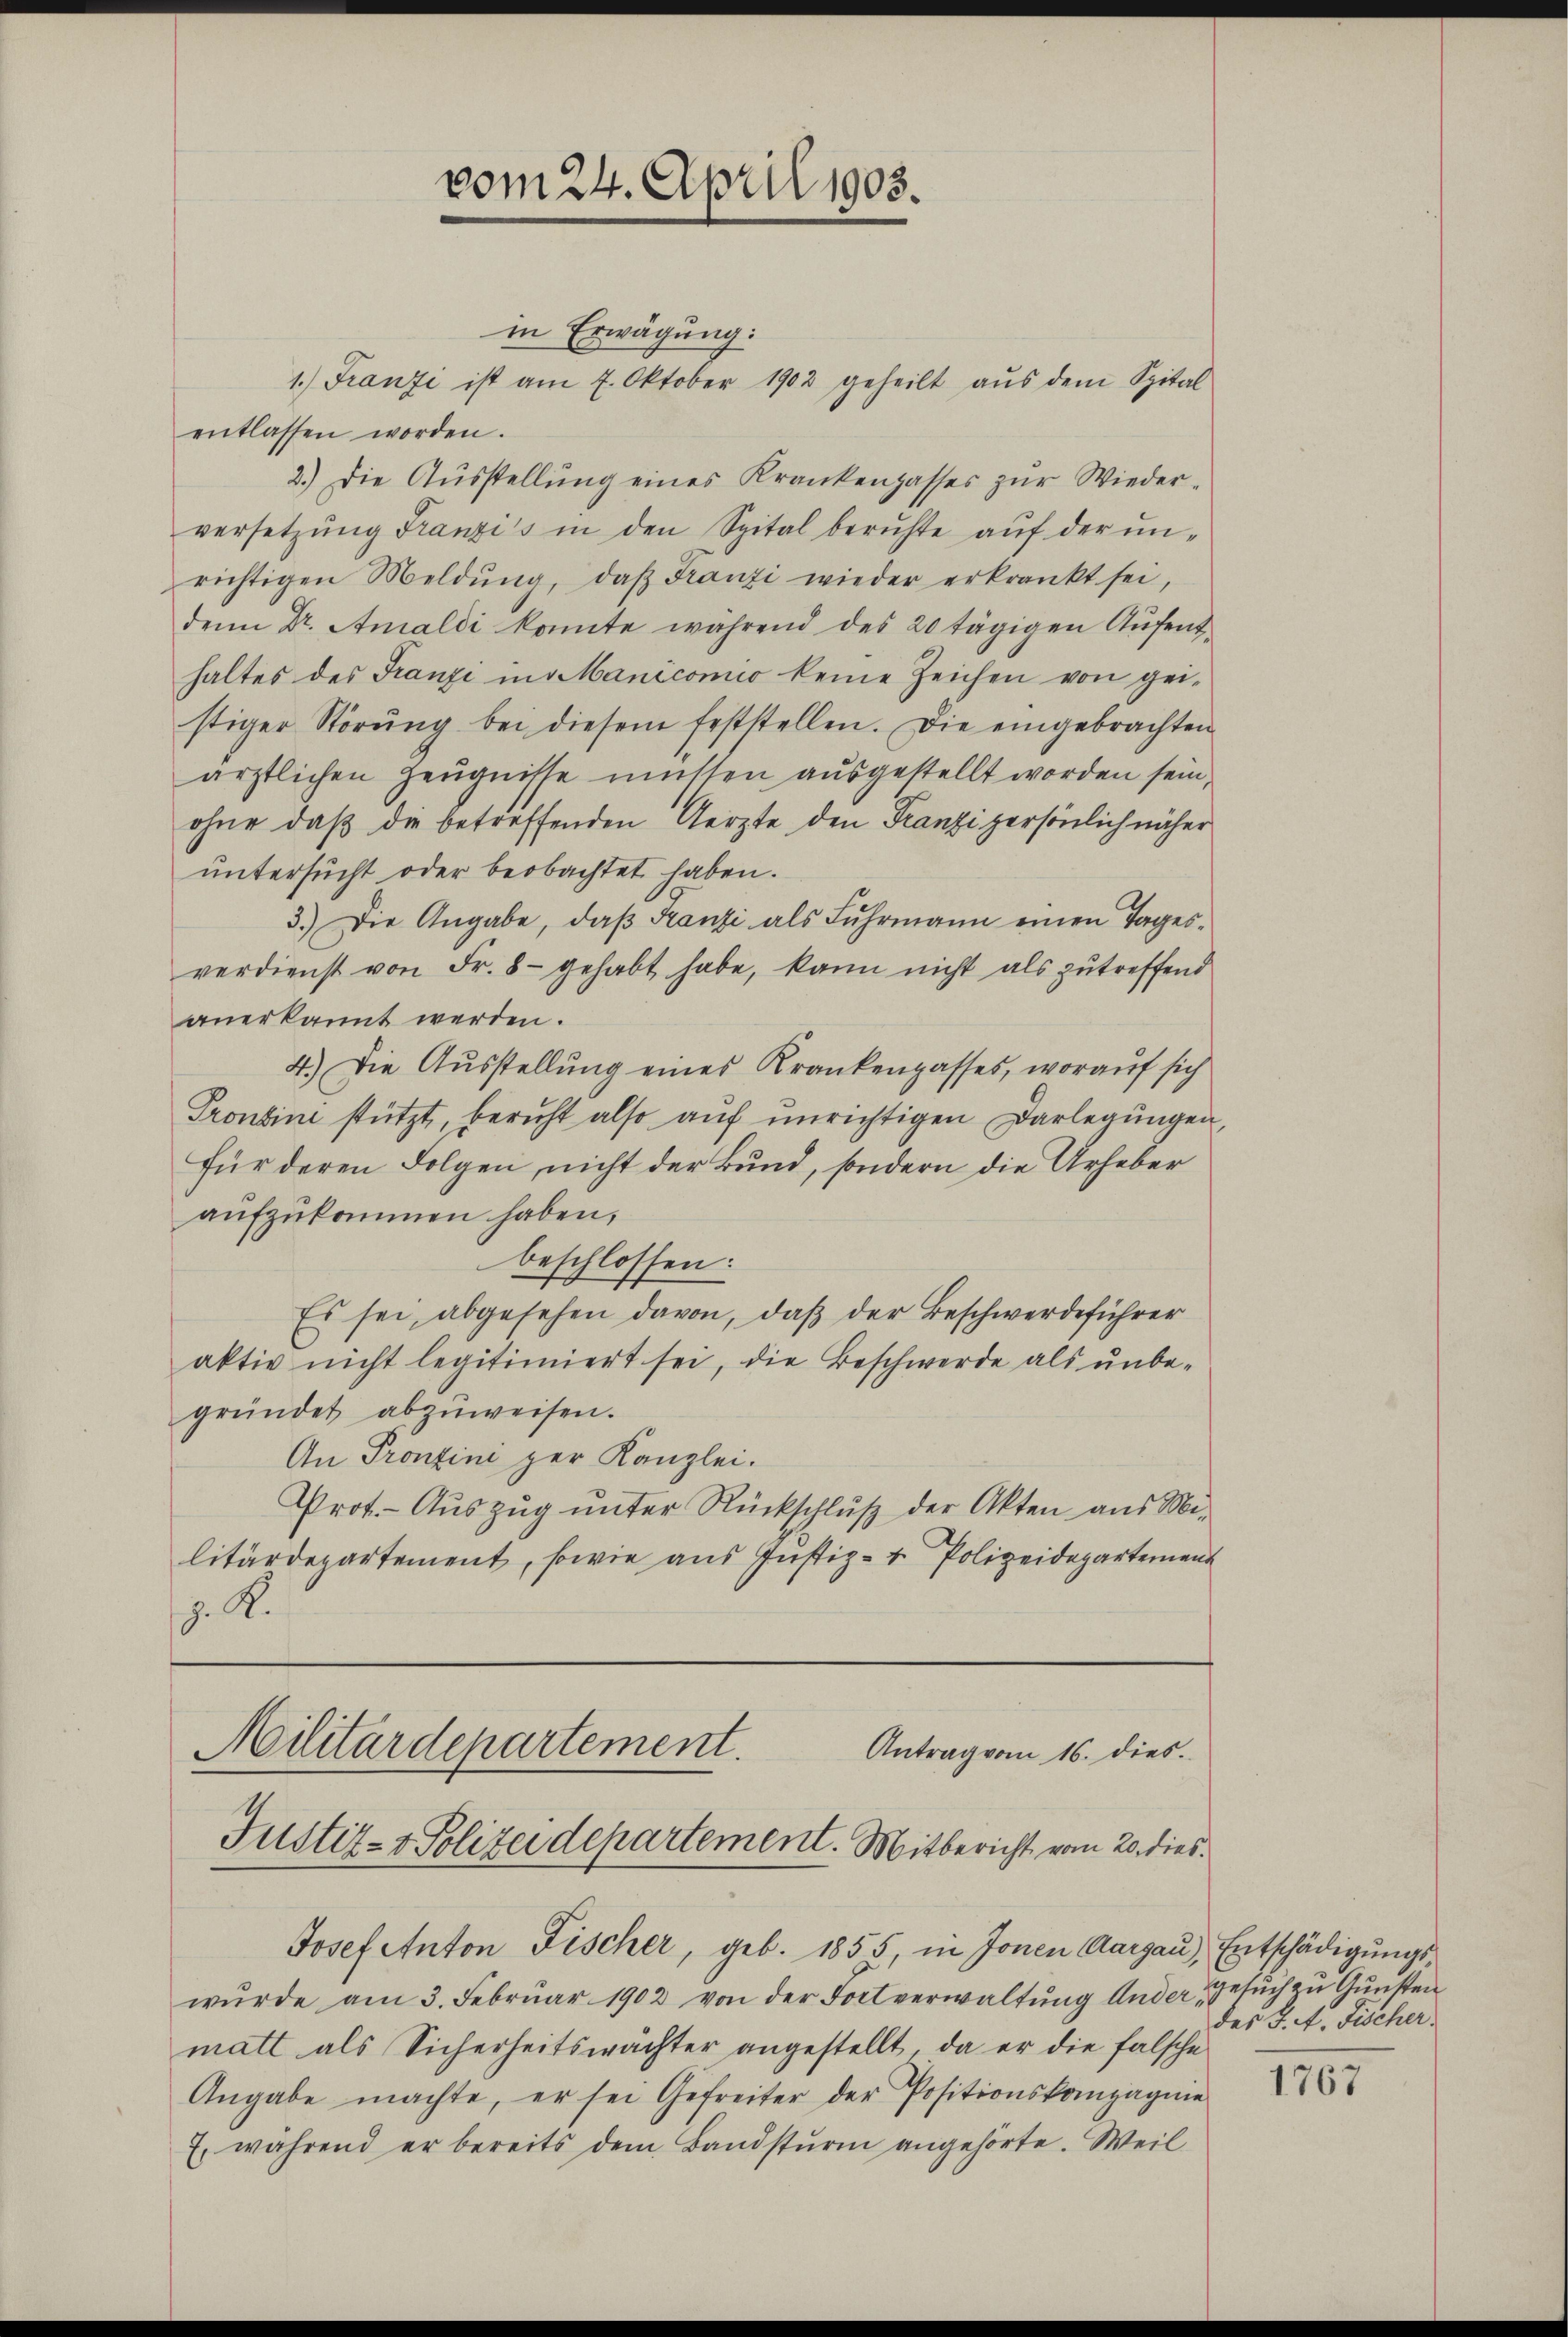
vom 24. April 1905.

in Erwägung:
1.) Franzi ist am 7. Oktober 1902 geheilt aŭs dem Spital
entlassen worden.
2.) Die Aŭsstellŭng eines Krankengasses zŭr Wieder-
versetzŭng Franzi's in den Spital beruhte aŭf der ŭn-
richtigen Meldŭng, daβ Franzi wieder erkrankt sei,
denn Dr. Amaldi konnte während des 20 tägigen Aŭfenthaltes des Franzi in Manicomio keine Zeichen von gei-
stiger Störŭng bei diesem feststellen. Die eingebrachten
ärztlichen Zeugnisse müssen ausgestellt worden sein,
ohne daß die betreffenden Aerzte den Franzi persönlich näher
untersucht oder beobachtet haben.
3.) Die Angabe, daβ Franzi als Fuhrmann einen Tages-
verdienst von Fr. 8 - gehabt habe, kann nicht als zutreffend
anerkannt werden.
4.) Die Ausstellung eines Krankengasses, worauf sich
Prontini stützt, bericht also aŭf ŭnrichtigen Darlegŭngen,
für deren Folgen nicht der Bund, sondern die Urheber
aŭfzŭkommen haben,
beschlossen:
Es sei, abgesehen davon, daß der Beschwerdeführer
aktiv nicht legitimiert sei, die Beschwerde als ŭnbe-
gründet abzŭweisen.
An Pronzini zur Kanzlei.
Prot. - Aŭszŭg ŭnter Rückschlŭβ der Akten aus Mi-
litärdepartement, sowie aus Justiz- & Polizeidepartement
. K.
Militärdepartement. Antrag vom 16. dies
Justiz- & Polizeidepartement. Mitbericht vom 20. dies¬
Josef Anton Fischer, geb. 1855, in Jonen Aargaŭ, Entschädigŭngs-
wŭrde am 3. Febrŭar 1902 von der Fortverwaltŭng Ander Gesuch zu Gunsten
matt als Sicherheitswächter angestellt, da er die falsche
Angabe machte, er sei Gefreiter der Positionskompagnie
E. während er bereits dem Bandsturm angehörte. Weil

des J. A. Fischer.

1767